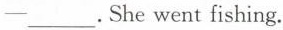
-___.She went fishing.